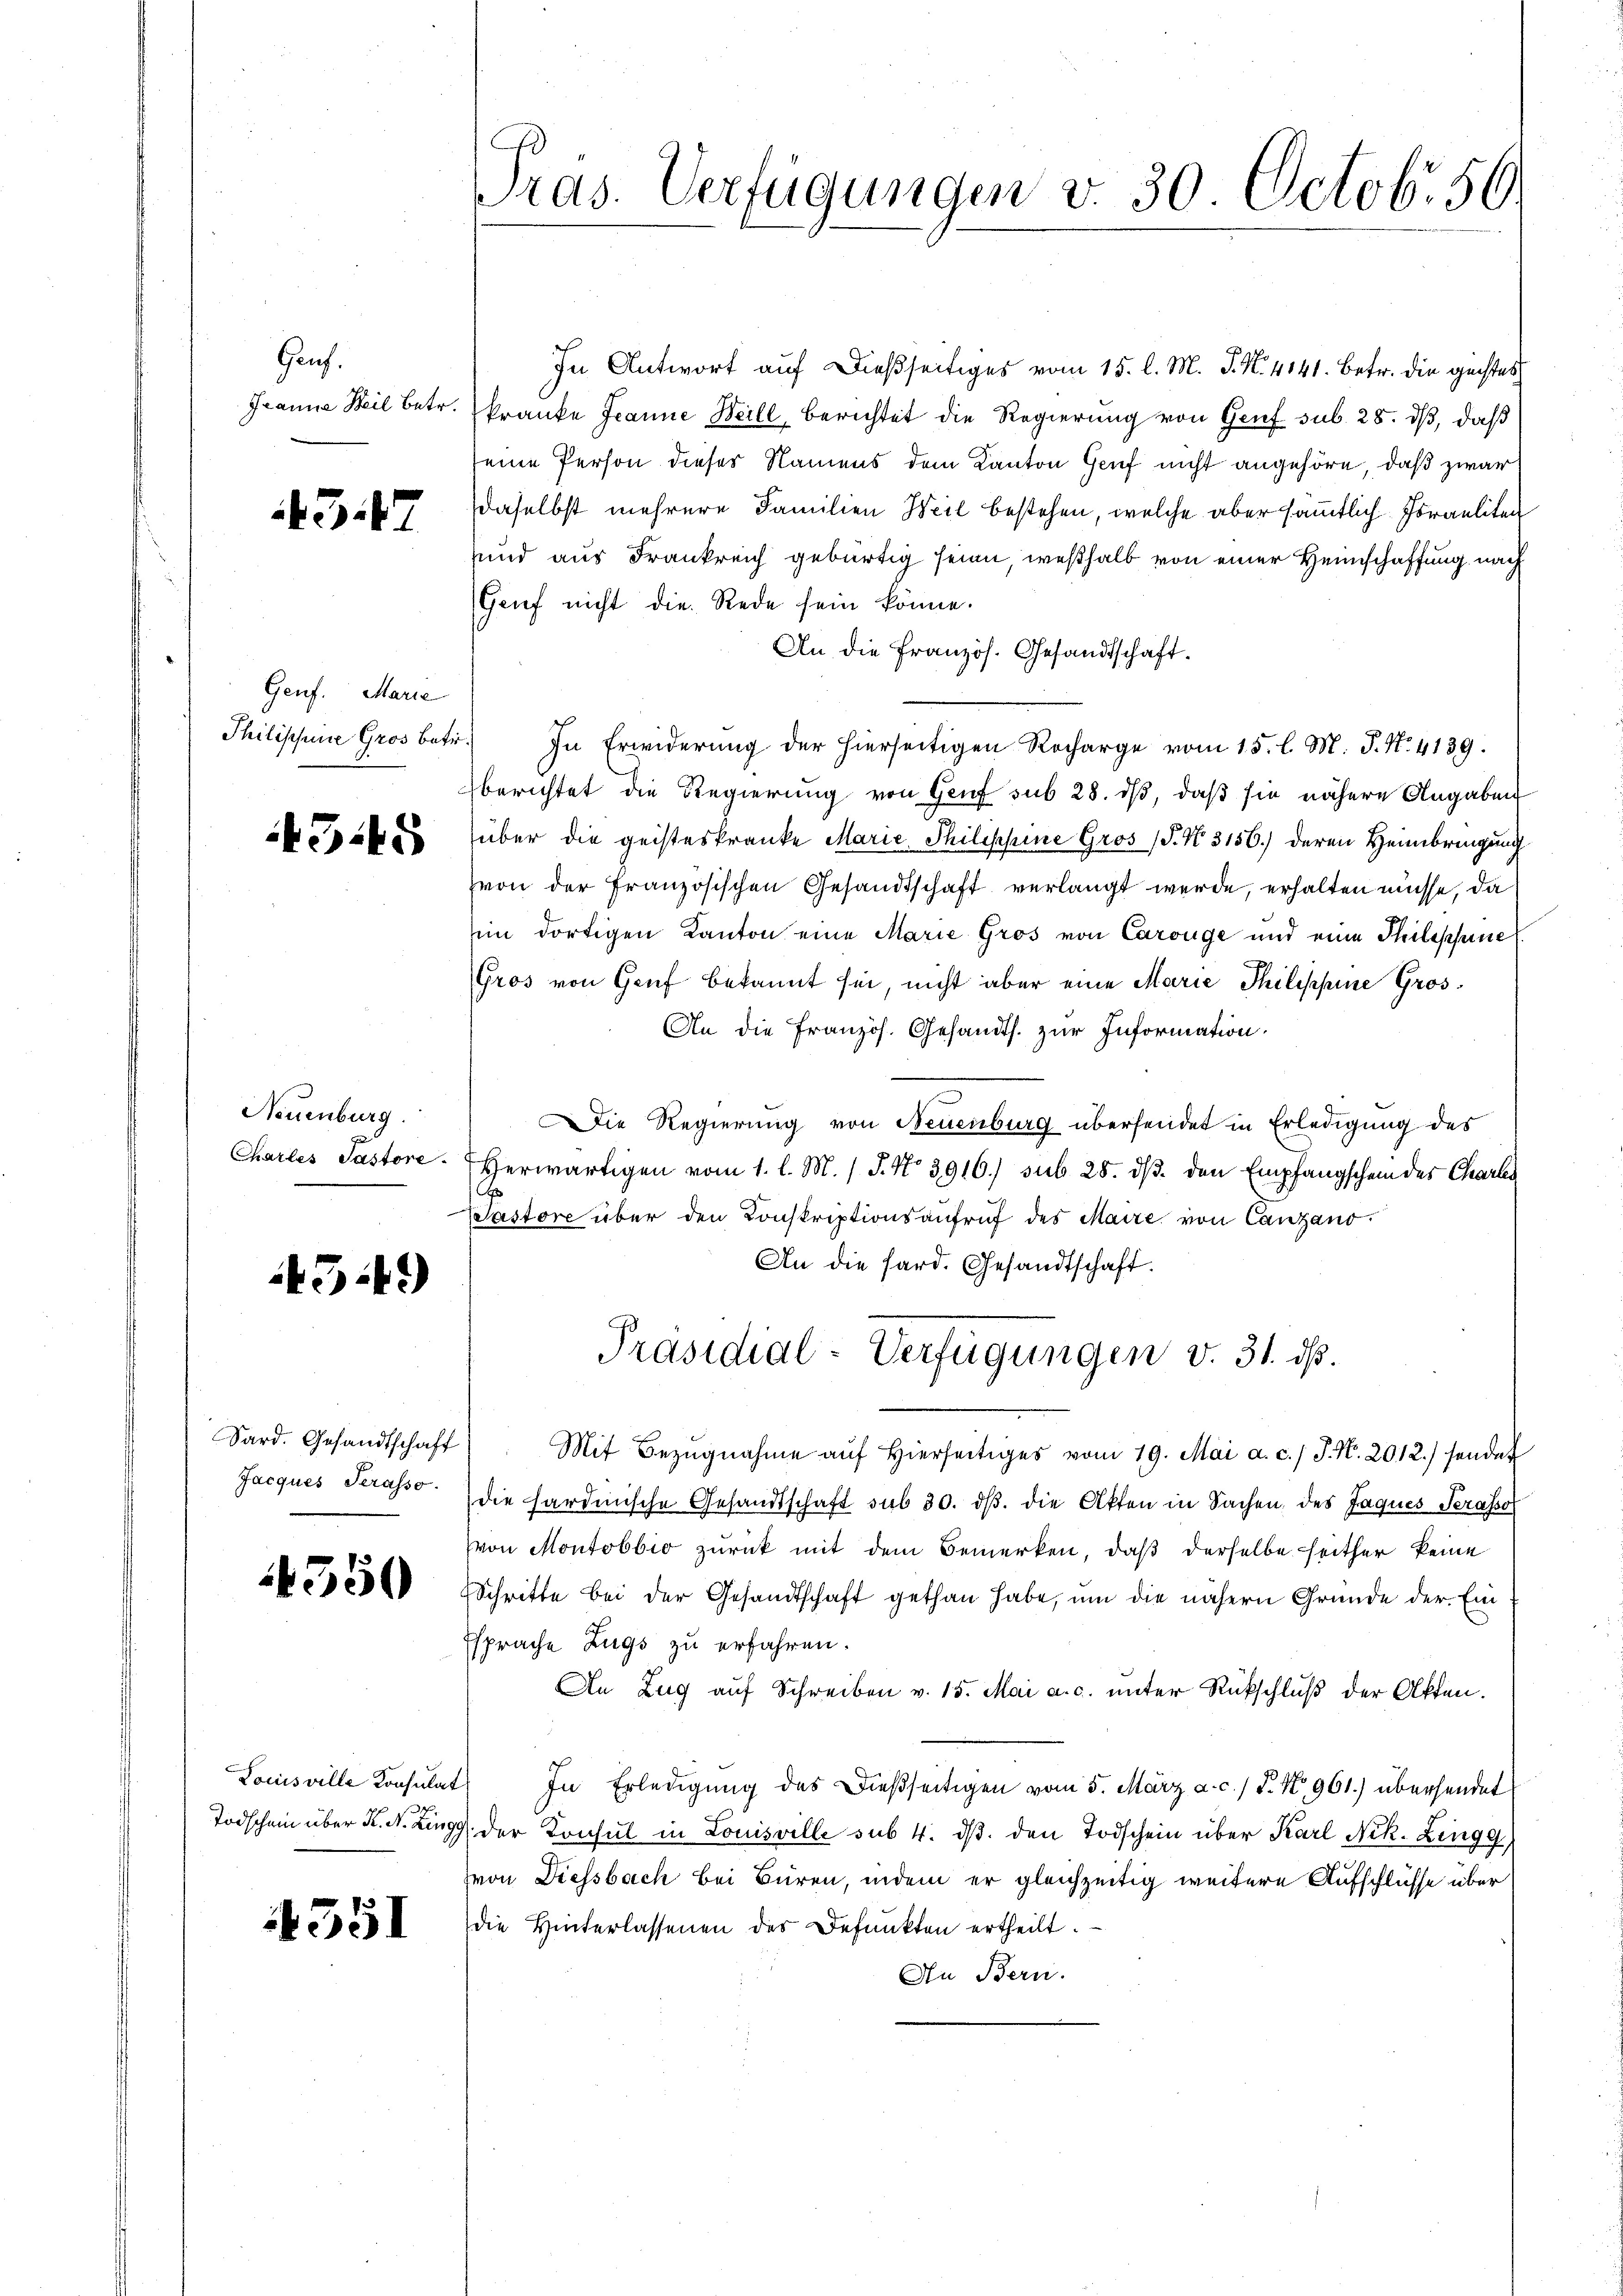
Gauf.

347

Genf. Marie

43.45

Neuenburg.

43.49)

Sard. Gesandtschaft
Jacques Serasso.

550

Louisville Konsulat

351

In Antwort auf dießseitiges vom 15. l. M. J. N. 4141. Betr. die gechtes
Granne Heil betr. kranke Jeanne Weill, berichtet die Regierung von Genf sub. 28. dβ, daß
seine Person dieser Namens dem Kanton Genf nicht angehöre, daß zwar
daselbst mehrere Familien Weil bestehen, welche aber sämmtlich Joraeliten
sund aus Frankreich gebürtig seien, weßhalb von einer Heimschaffung nach
Grief nicht die Rede sein könne.
An die Französ. Gesandtschaft.
Philischene Gros betr.) In Erwiderung der hierseitigen Recharge vom 15. l. M. P. No. 4139.
berichtet die Regierung von Genf sub 28. ds, daß sie nähere Angaben
über die geisteskranke Marie Philippine Gros (T. N. 3156.) deren Heimbringung
von der Französischen Gesandtschaft verlangt werde, erhalten müsse, da
im dortigen Kanton eine Marie Gros von Carouge und eine Philippine
Gros von Genf bekannt sei, nicht aber eine Marie Thilippine Gros¬
An die Französ. Gesandts. zur Information.
Die Regierung von Neuenburg übersendet in Erledigung des
Charles Pastore. Herwärtigen vom 1. l. M. / J. No 3916.) sub 28. dβ. den Empfangschein des Charles
Pastore über den Konskriptionsaufruf des Maire von Canzano
An die hard. Gesandtschaft.

Pras. Verfügungen v. 30 Octob. 56.

Präsidial-Verfügungen v. 31. ds.

Mit Bezugnahme auf hierseitiges vom 19. Mai a. c. J. N. 2012.) sendet
die hardinische Gesandtschaft sub 30. dβ. die Akten in Sachen, des Jaques Serasso
von Montobbio zurück mit dem Bemerken, daß derselbe seither keine
Schritte bei der Gesandtschaft gethan habe, um die nähern Gründe der Ein
Esprache Zugs zu erfahren.
An Zug auf Schreiben v. 15. Mai a. c. unter Rückschluß der Akten.
 In Erledigung des Dießseitigen vom 5. März a. c. / P. Nr. 961.) übersendet
Todschein über K. A. Zingg der Konsul in Louisville sub 4. dβ den Todschein über Karl Nik. Zingg
von Diessbach bei Büren, indem er gleichzeitig weitere Aufschlüsse über
die Hinterlassenen des Befunkten ertheilt.
An Bern.